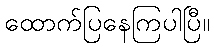
ထောက်ပြနေကြပါပြီ။